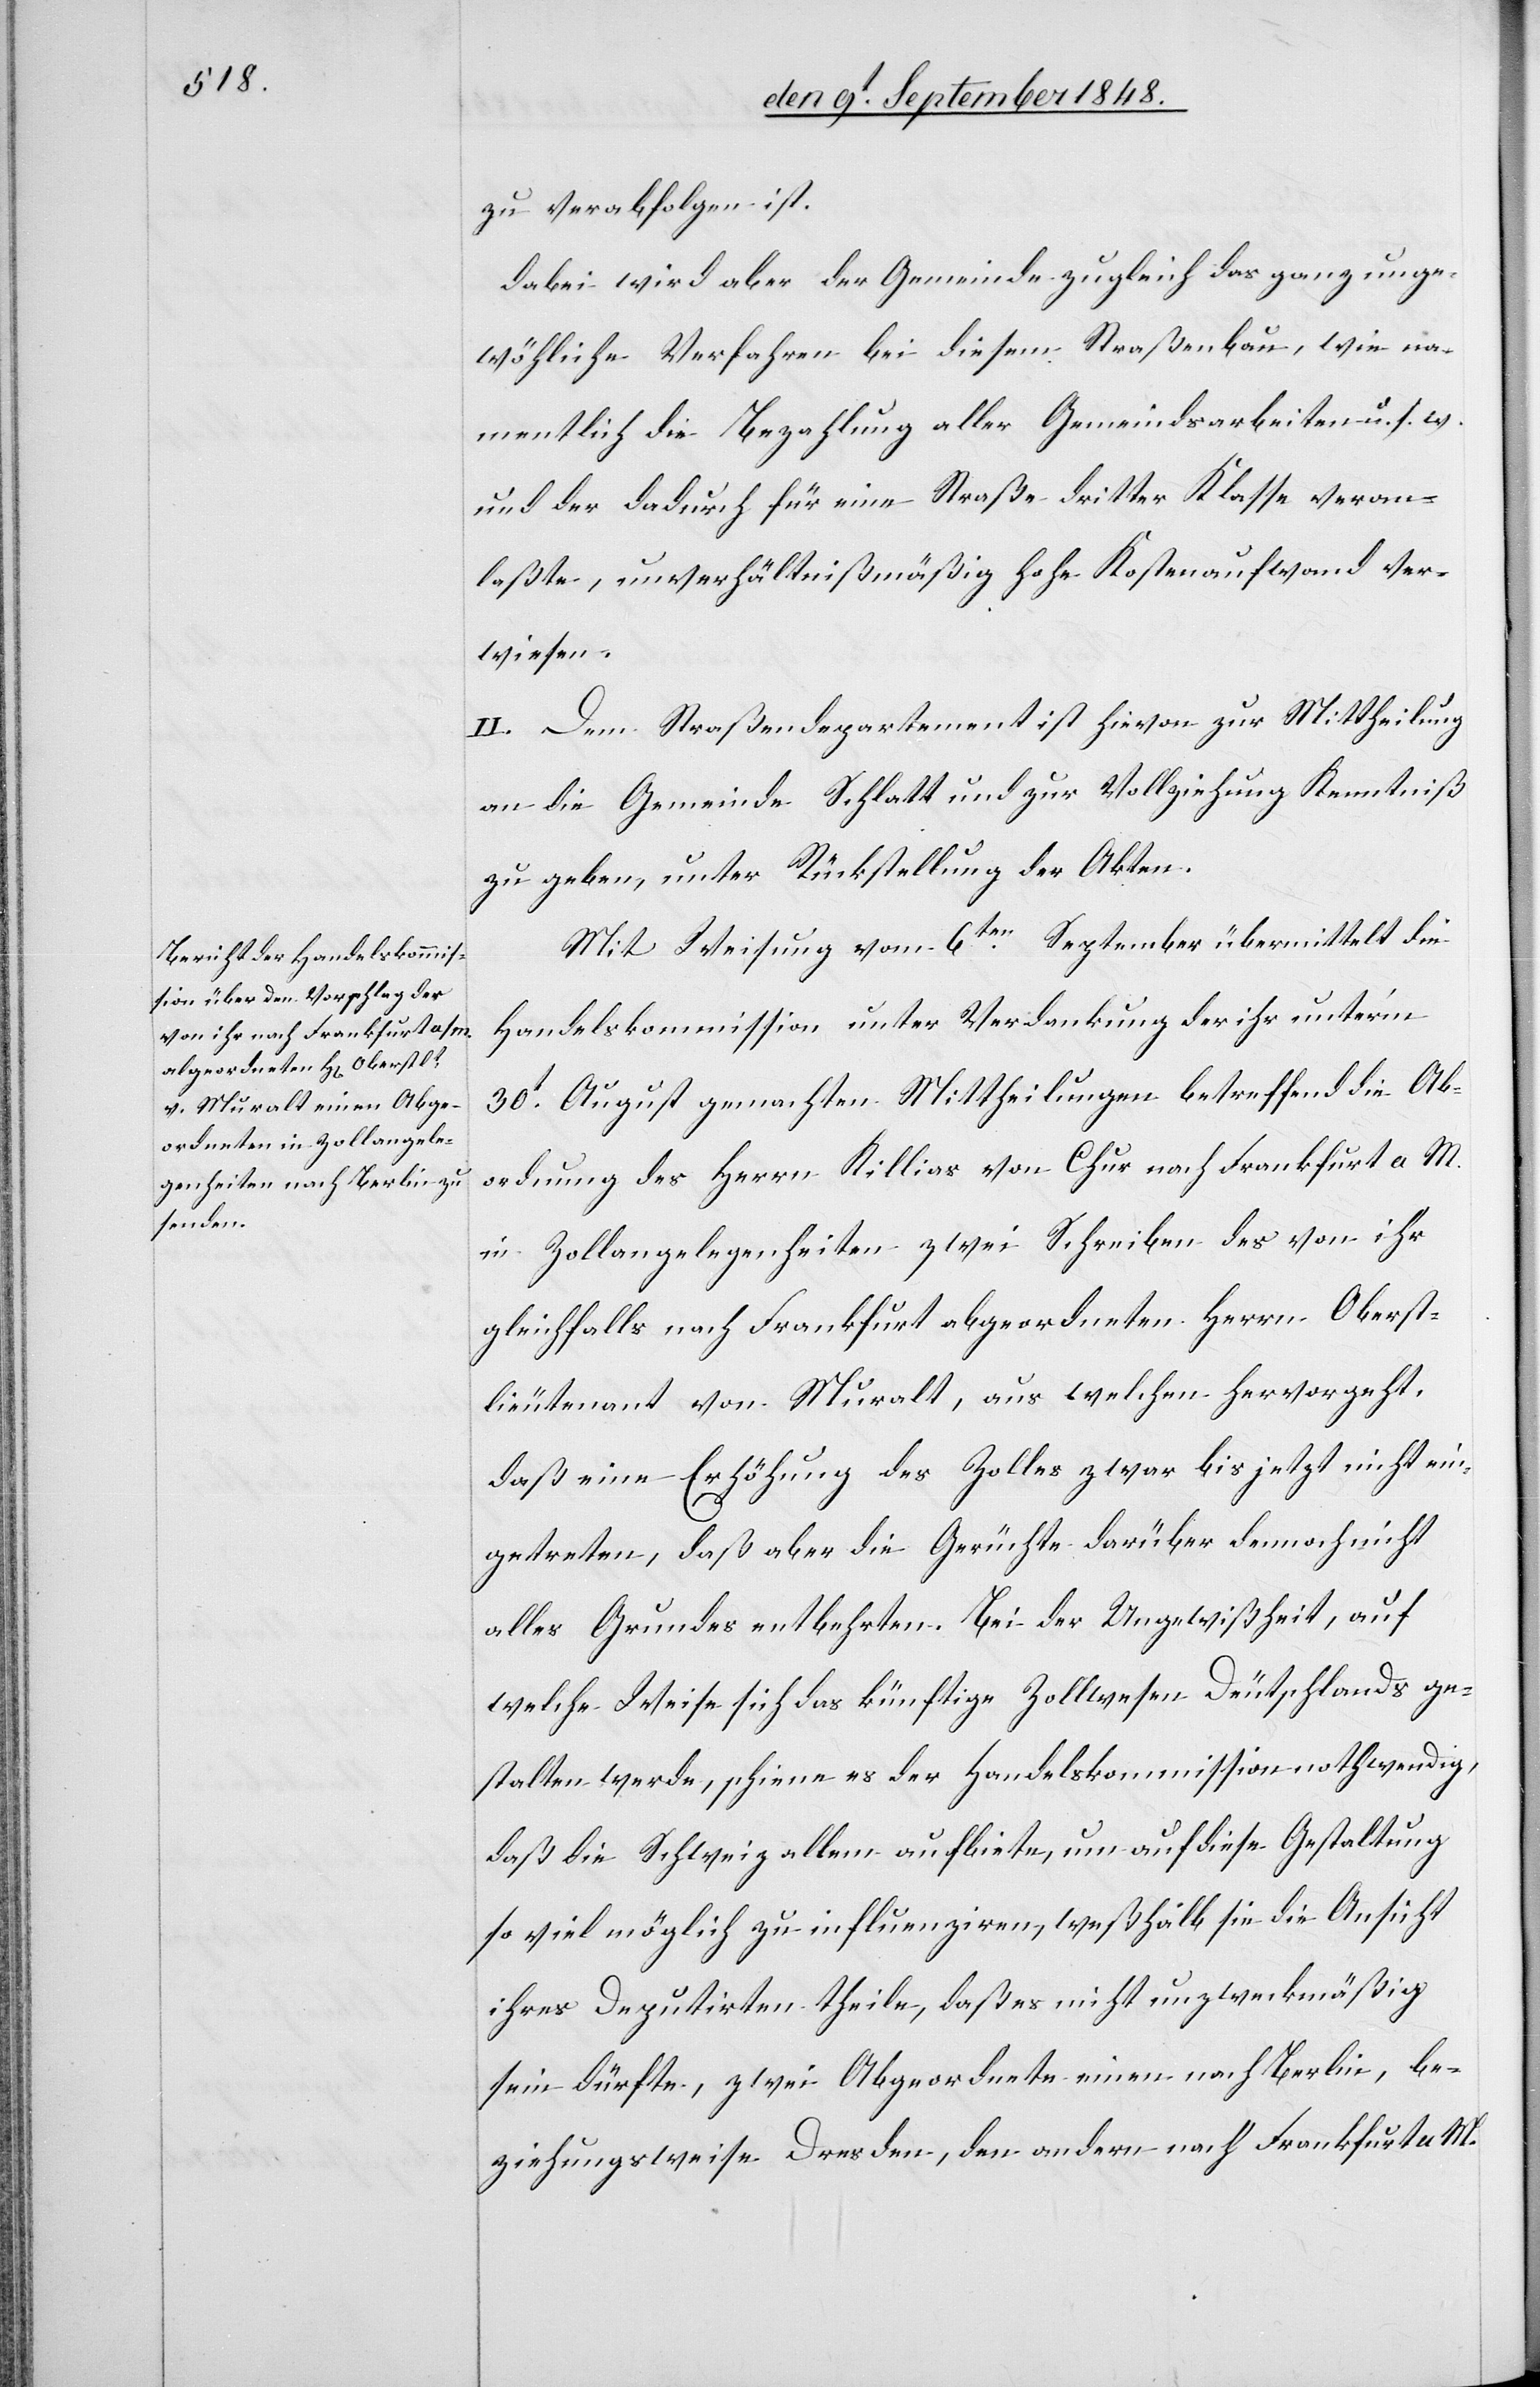
zu verabfolgen ist.
dabei wird aber der Gemeinde zugleich das ganz unge¬
wöh[n]liche Verfahren bei diesem Straßenbau, wie na¬
mentlich die Bezahlung aller Gemeindsarbeiten u. s. w.
und der dadurch für eine Straße dritter Klasse veran¬
laßte, unverhältnißmäßig hohe Kostenaufwand ver¬
wiesen.
II. Dem Straßendepartement ist hievon zur Mittheilung
an die Gemeinde Schlatt und zur Vollziehung Kenntniß
zu geben, unter Rückstellung der Akten.
Mit Weisung vom 6ten September übermittelt die
Handelskommission unter Verdankung der ihr unter’m
30t August gemachten Mittheilung betreffend die Ab¬
ordnung des Herrn Killias von Chur nach Frankfurt a. M.
in Zollangelegenheiten zwei Schreiben des von ihr
gleichfalls nach Frankfurt abgeordneten Herrn Oberst¬
lieutenant von Muralt, aus welchen hervorgeht,
daß eine Erhöhung des Zolles zwar bis jetzt nicht ein¬
getreten, daß aber die Gerüchte darüber dennoch nicht
alles Grundes entbehrten. Bei der Ungewißheit, auf
welche Weise sich das künftige Zollwesen Deutschlands ge¬
stalten werde, scheine es der Handelskommission nothwendig,
daß die Schweiz allem aufbiete, um auf diese Gestaltung
so viel möglich zu influenziren, weßhalb sie die Ansicht
ihres Deputirten theile, daß es nicht unzweckmäßig
sein dürfte, zwei Abgeordnete einen nach Berlin, be¬
ziehungsweise Dresden, den andern nach Frankfurt a. M.